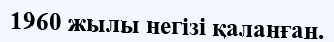
1960 жылы негізі қаланған.